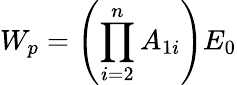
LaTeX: W_{p}=\left(\prod_{i=2}^{n}A_{1i}\right)E_{0}